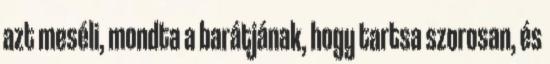
azt meséli, mondta a barátjának, hogy tartsa szorosan, és